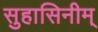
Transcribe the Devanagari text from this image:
सुहासिनीम्